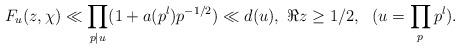
LaTeX: \begin{align*}F_{u}(z, \chi) \ll \prod_{p\mid u} (1 + a(p^l)p^{- 1/2} )\ll d(u),\ \Re z\geq 1/2,\ \ (u=\prod_{p}p^l).\end{align*}